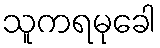
သူကရမုခေါ